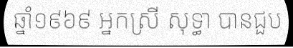
ឆ្នាំ១៩៦៩ អ្នកស្រី សុទ្ធា បានជួប